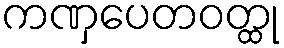
ကဏှပေတဝတ္ထု